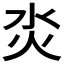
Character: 𤆲